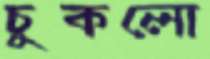
চুকলো